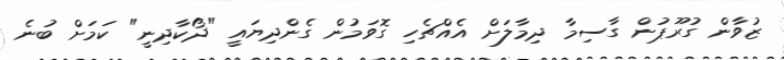
ޒުވާން ގުރޫޕުން ގާސިމާ ދިމާލަށް އެއްޗެހި ގޮވަމުން ގެންދިޔައީ "ދޯކާދިނީ" ކަމަށް ބުނެ